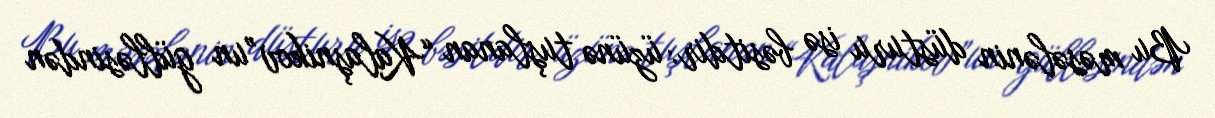
Bu məsələnin düsturu isə bəsitdir: üzünə tuşlanan “Kalaşnikov”un gülləsindən